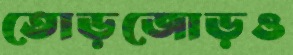
তোড়জোড়ও